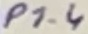
Text: P1.4